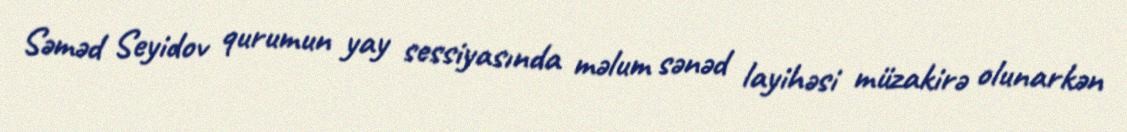
Səməd Seyidov qurumun yay sessiyasında məlum sənəd layihəsi müzakirə olunarkən